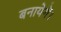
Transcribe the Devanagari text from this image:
बनायेगें।